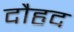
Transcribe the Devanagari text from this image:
दौहृद